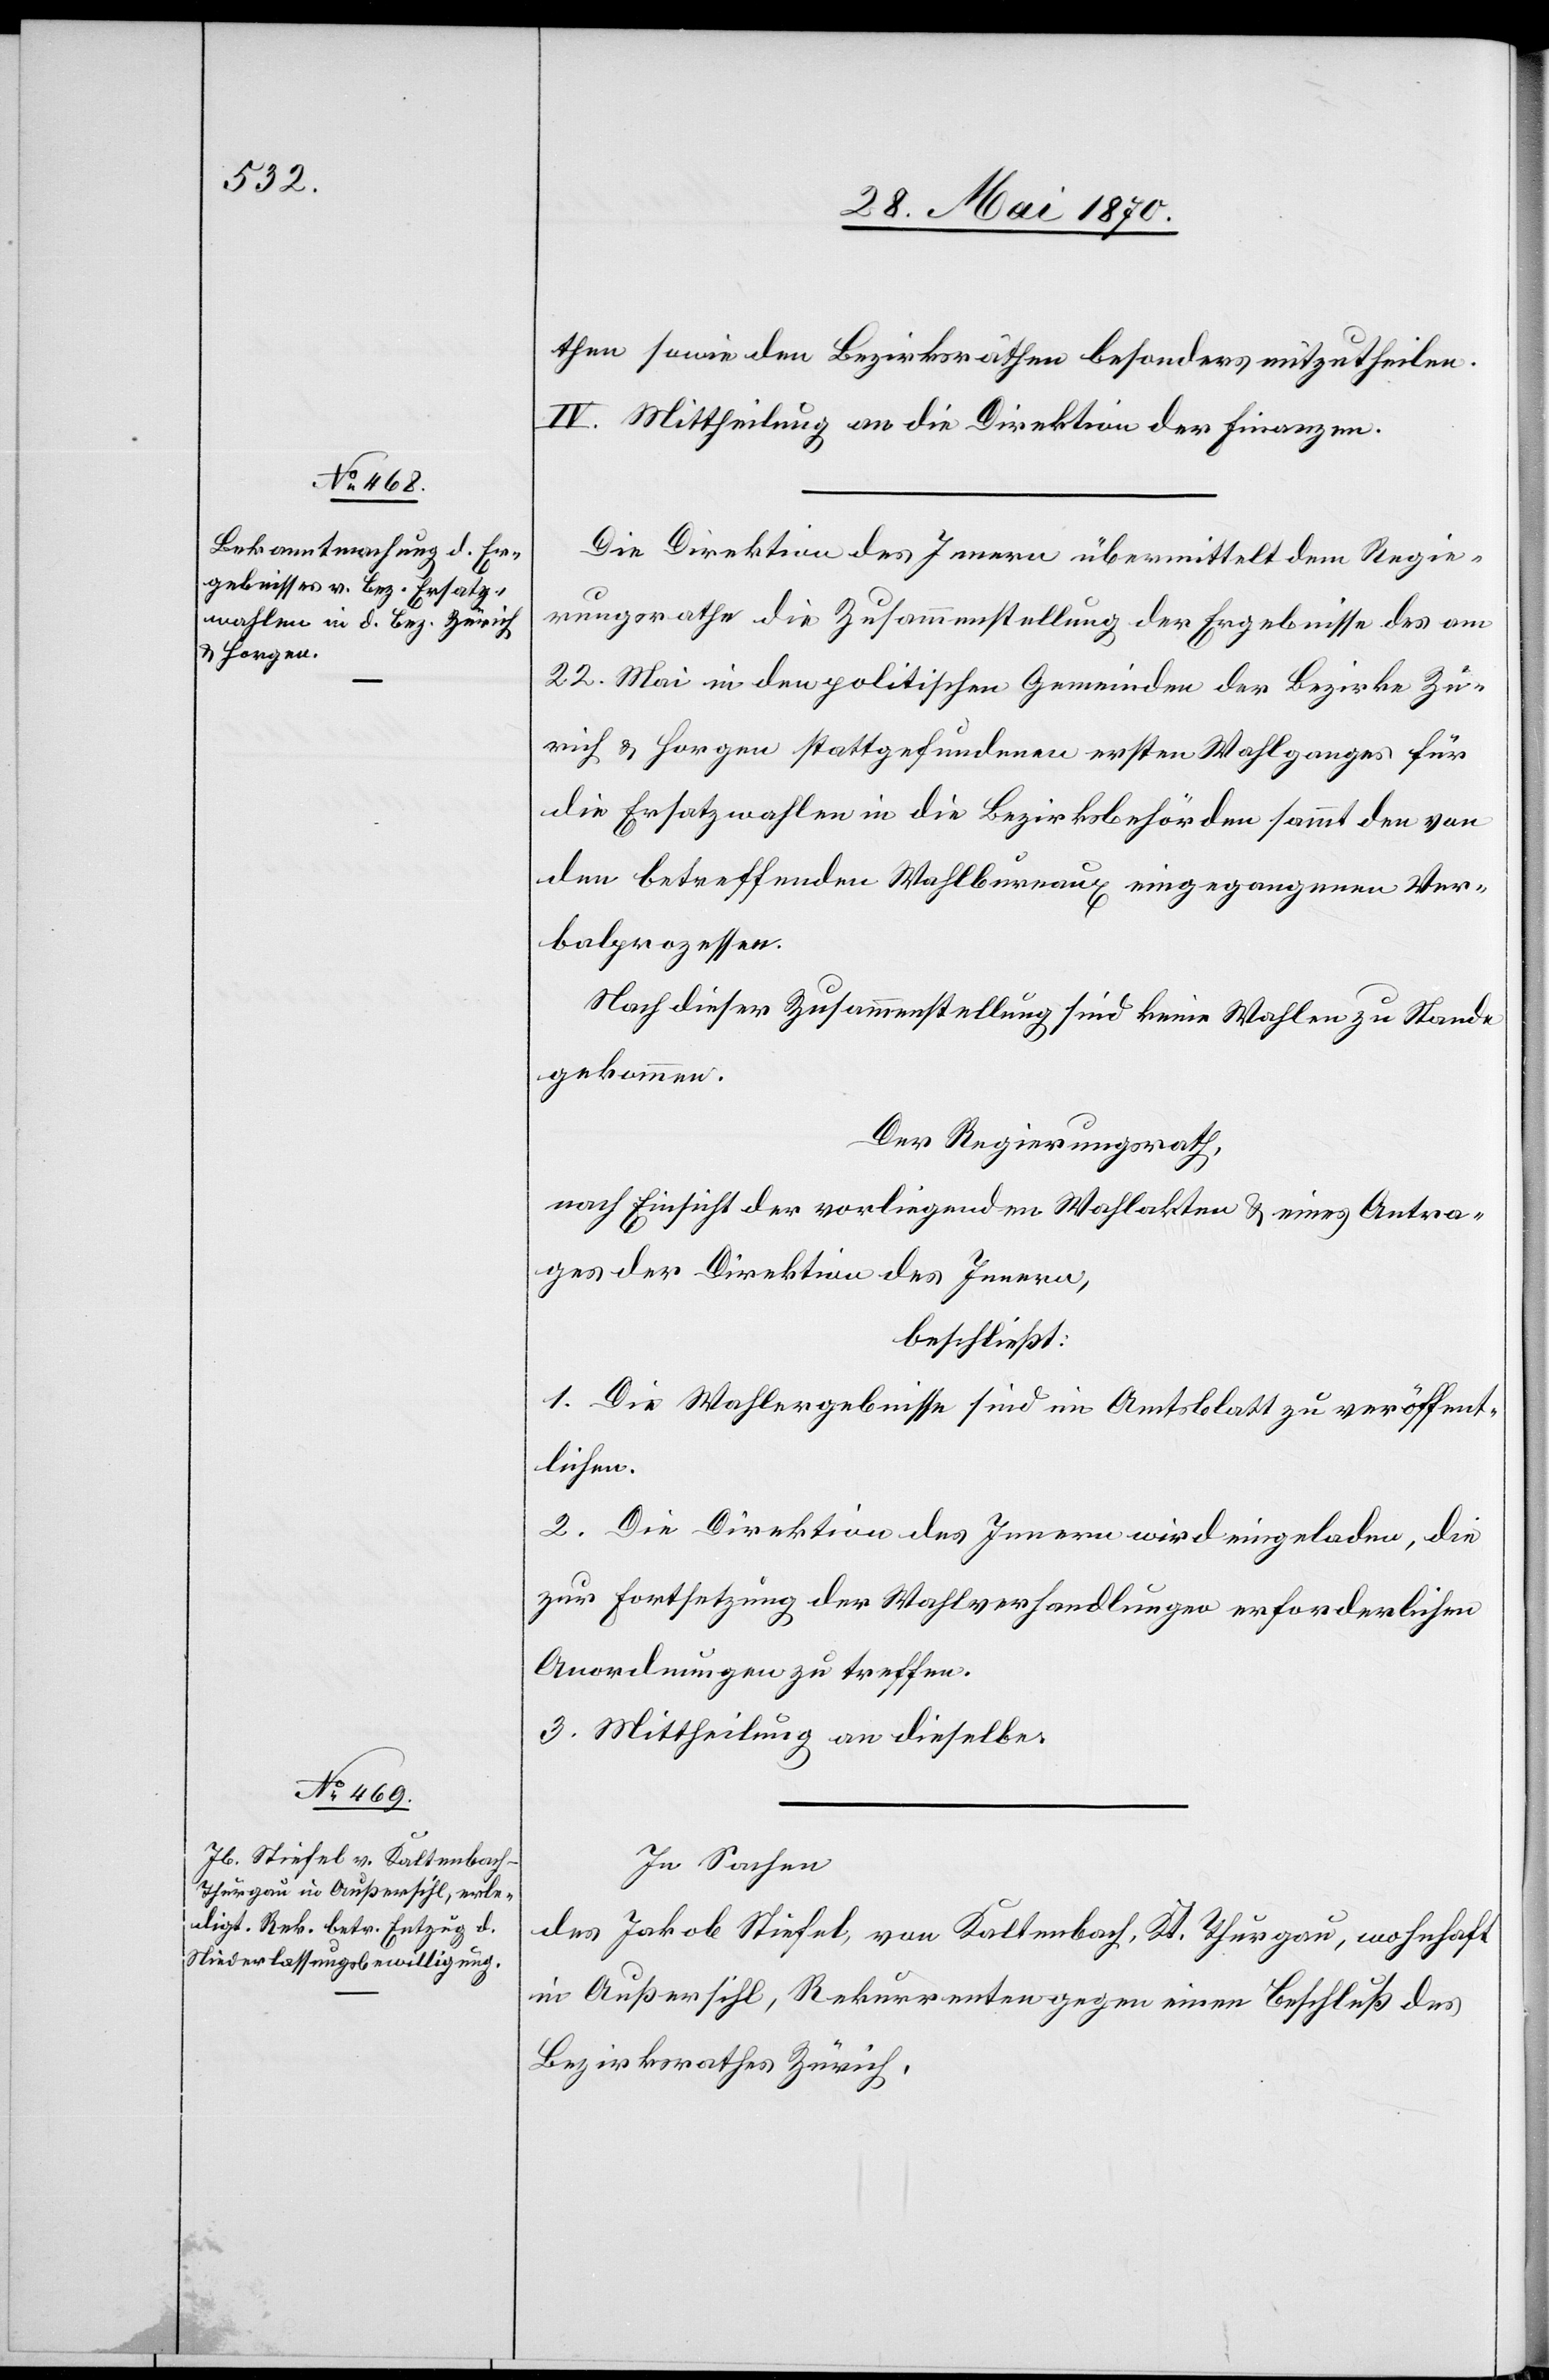
then sowie den Bezirksräthen besonderes mitzutheilen.
IV. Mittheilung an die Direktion der Finanzen.
Die Direktion des Innern übermittelt dem Regie¬
rungsrathe die Zusammenstellung der Ergebnisse des am
22. Mai in den politischen Gemeinden der Bezirke Zü¬
rich & Horgen stattgefundenen ersten Wahlganges für
die Ersatzwahlen in die Bezirksbehörden sammt den von
den betreffenden Wahlbureaux eingegangenen Ver¬
balprozessen.
Nach dieser Zusammenstellung sind keine Wahlen zu Stande
gekommen.
Der Regierungsrath,
beschließt:
1. Die Wahlergebnisse sind im Amtsblatt zu veröffent¬
lichen.
2. Die Direktion des Innern wird eingeladen, die
zur Fortsetzung der Wahlverhandlungen erforderlichen
Anordnungen zu treffen.
3. Mittheilung an dieselben.
In Sachen
des Jakob Stiefel, von Kaltenbach, Kt. Thurgau, wohnhaft
in Außersihl, Rekurrenten gegen einen Beschluß des
Bezirksrathes Zürich,